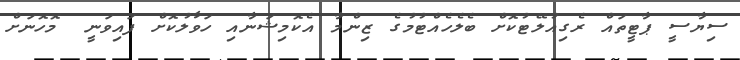
ސިޔާސީ ޕާޓީތައް ރެގިއުލޭޓުކޮށް ބެލެހެއްޓުމުގެ ޒިންމާ އެކޮމިޝަނާއި ހަވާލުކޮށް ފައިވަނީ  މޮހޮނަށް